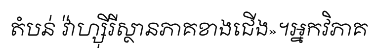
តំបន់ វ៉ាហ្ស៊ីរីស្ថានភាគខាងជើង»។អ្នកវិភាគ